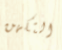
التكهن